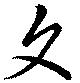
文